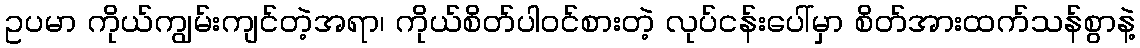
ဥပမာ ကိုယ်ကျွမ်းကျင်တဲ့အရာ၊ ကိုယ်စိတ်ပါဝင်စားတဲ့ လုပ်ငန်းပေါ်မှာ စိတ်အားထက်သန်စွာနဲ့